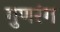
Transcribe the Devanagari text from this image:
गुणरंग